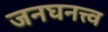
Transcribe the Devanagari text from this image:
जनघनत्त्व